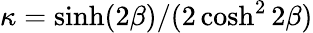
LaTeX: \kappa=\sinh(2\beta)/(2\cosh^{2}{2\beta})